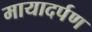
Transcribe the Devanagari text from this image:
मायादर्पण